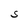
Character: S